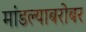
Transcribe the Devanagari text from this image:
मांडल्याबरोबर